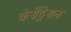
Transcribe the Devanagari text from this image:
कंसेंट्रेशन